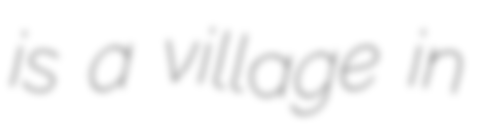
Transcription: is a village in